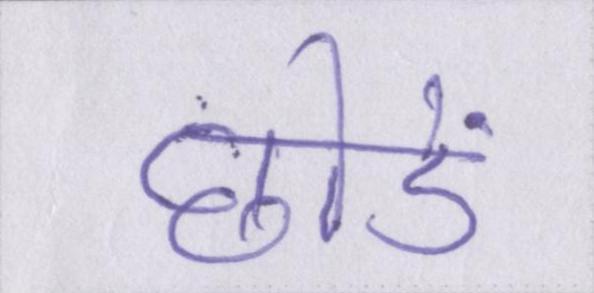
छोडें